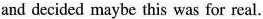
and decided maybe this was for real.